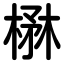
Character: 楙